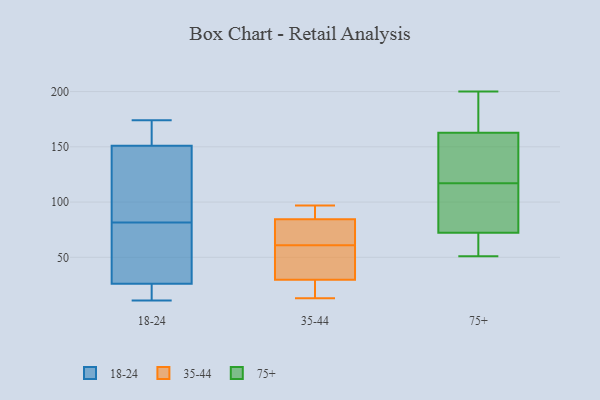
{"axis": {"x": "Website Visitors", "y": "Value"}, "legend": ["18-24", "35-44", "75+"], "data": [{"x": "", "y": 156, "type": "18-24"}, {"x": "", "y": 15, "type": "18-24"}, {"x": "", "y": 174, "type": "18-24"}, {"x": "", "y": 26, "type": "18-24"}, {"x": "", "y": 63, "type": "18-24"}, {"x": "", "y": 25, "type": "18-24"}, {"x": "", "y": 11, "type": "18-24"}, {"x": "", "y": 78, "type": "18-24"}, {"x": "", "y": 41, "type": "18-24"}, {"x": "", "y": 148, "type": "18-24"}, {"x": "", "y": 111, "type": "18-24"}, {"x": "", "y": 152, "type": "18-24"}, {"x": "", "y": 85, "type": "18-24"}, {"x": "", "y": 151, "type": "18-24"}, {"x": "", "y": 52, "type": "35-44"}, {"x": "", "y": 78, "type": "35-44"}, {"x": "", "y": 32, "type": "35-44"}, {"x": "", "y": 22, "type": "35-44"}, {"x": "", "y": 16, "type": "35-44"}, {"x": "", "y": 47, "type": "35-44"}, {"x": "", "y": 89, "type": "35-44"}, {"x": "", "y": 85, "type": "35-44"}, {"x": "", "y": 13, "type": "35-44"}, {"x": "", "y": 29, "type": "35-44"}, {"x": "", "y": 91, "type": "35-44"}, {"x": "", "y": 61, "type": "35-44"}, {"x": "", "y": 83, "type": "35-44"}, {"x": "", "y": 75, "type": "35-44"}, {"x": "", "y": 97, "type": "35-44"}, {"x": "", "y": 51, "type": "75+"}, {"x": "", "y": 143, "type": "75+"}, {"x": "", "y": 162, "type": "75+"}, {"x": "", "y": 108, "type": "75+"}, {"x": "", "y": 166, "type": "75+"}, {"x": "", "y": 91, "type": "75+"}, {"x": "", "y": 200, "type": "75+"}, {"x": "", "y": 61, "type": "75+"}, {"x": "", "y": 117, "type": "75+"}, {"x": "", "y": 163, "type": "75+"}, {"x": "", "y": 170, "type": "75+"}, {"x": "", "y": 156, "type": "75+"}, {"x": "", "y": 101, "type": "75+"}, {"x": "", "y": 51, "type": "75+"}, {"x": "", "y": 66, "type": "75+"}]}